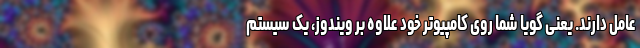
عامل دارند. یعنی گویا شما روی کامپیوتر خود علاوه بر ویندوز، یک سیستم